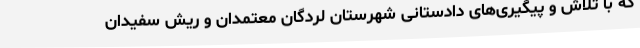
که با تلاش و پیگیری‌های دادستانی شهرستان لردگان معتمدان و ریش سفیدان